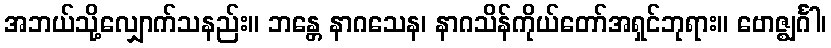
အဘယ်သို့လျှောက်သနည်း။ ဘန္တေ နာဂသေန၊ နာဂသိန်ကိုယ်တော်အရှင်ဘုရား။ ဗောဇ္ဈင်္ဂါ၊